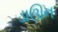
ડાઊન